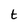
Character: t